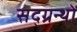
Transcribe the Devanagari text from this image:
सद्ग्रन्थों